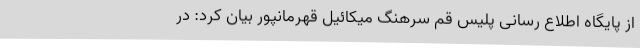
از پایگاه اطلاع رسانی پلیس قم سرهنگ میکائیل قهرمانپور بیان کرد: در